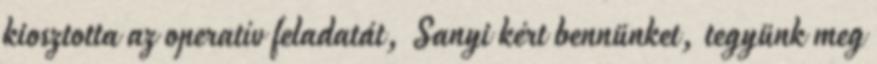
kiosztotta az operatív feladatát, Sanyi kért bennün­ket, tegyünk meg